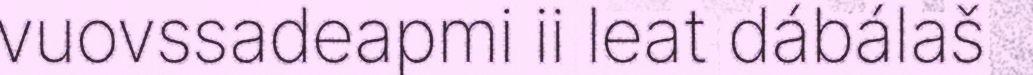
vuovssadeapmi ii leat dábálaš